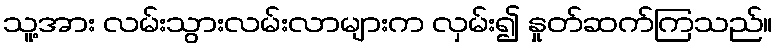
သူ့အား လမ်းသွားလမ်းလာများက လှမ်း၍ နှုတ်ဆက်ကြသည်။